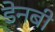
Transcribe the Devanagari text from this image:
डेनबी